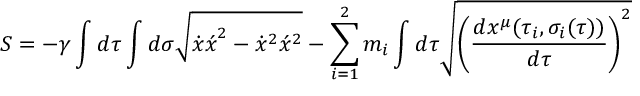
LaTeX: S = - \gamma \int d \tau \int d \sigma \sqrt { { \dot { x } \acute { x } } ^ { 2 } - { \dot { x } } ^ { 2 } { \acute { x } } ^ { 2 } } - \sum _ { i = 1 } ^ { 2 } m _ { i } \int d \tau \sqrt { { \left( \frac { d x ^ { \mu } ( { \tau } _ { i } , { \sigma } _ { i } ( \tau ) ) } { d \tau } \right) } ^ { 2 } }